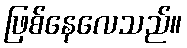
ဖြစ်နေလေသည်။